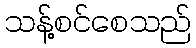
သန့်စင်စေသည်